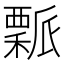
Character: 𥢝